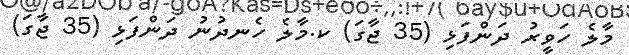
މާލެ ހަވީރު ދަންފަޅި (35 ޖާގަ) ކ.މާލެ ހެނދުނު ދަންފަޅި (35 ޖާގަ)